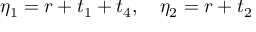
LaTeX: \eta _ { 1 } = r + t _ { 1 } + t _ { 4 } , \quad \eta _ { 2 } = r + t _ { 2 }